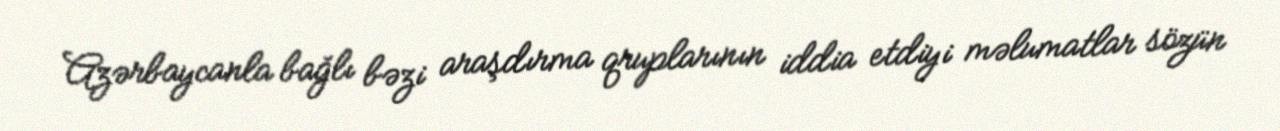
Azərbaycanla bağlı bəzi araşdırma qruplarının iddia etdiyi məlumatlar sözün